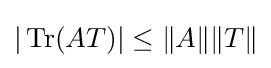
|\operatorname {Tr} (AT)|\leq \|A\|\|T\|